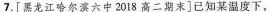
7.[黑龙江哈尔滨六中2018高二期末]已知某温度下，